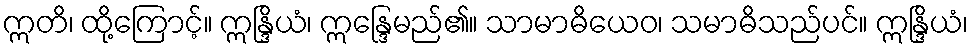
ဣတိ၊ ထို့ကြောင့်။ ဣန္ဒြိယံ၊ ဣန္ဒြေမည်၏။ သာမာဓိယေဝ၊ သမာဓိသည်ပင်။ ဣန္ဒြိယံ၊